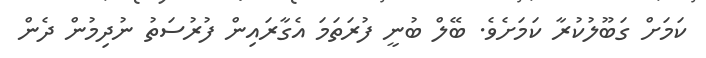
ކަމަށް ގަބޫލުކުރާ ކަމަށެވެ. ބޭލް ބުނީ ފުރަތަމަ އެގާރައިން ފުރުސަތު ނުދިމުން ދެން